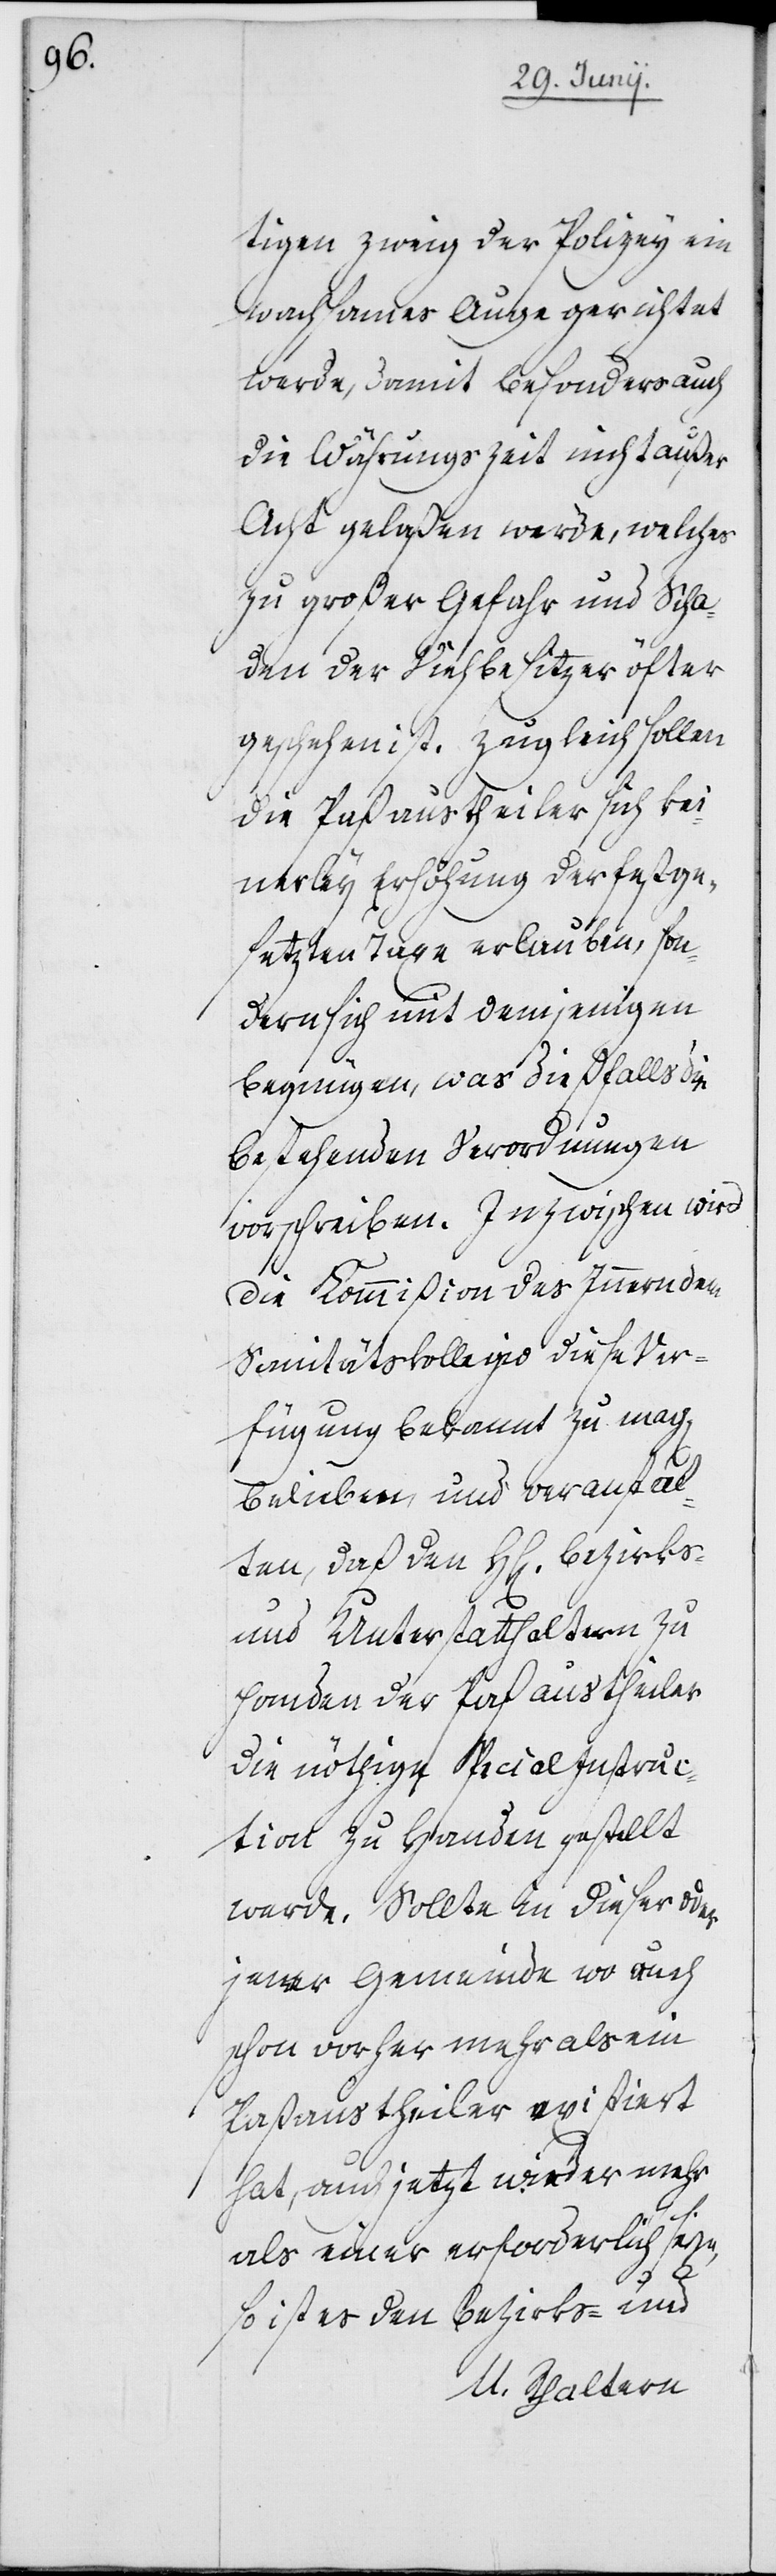
tigen Zweig der Polizey ein
wachsames Auge gerichtet
werde, damit besonders auch
die Währungszeit nicht außer
Acht gelaßen werde, welches
zu großer Gefahr und Scha¬
den der Viehbesizer öfter
geschehen ist. Zugleich sollen
die Paßaustheiler sich kei¬
nerley Erhöhung der festge¬
setzten Taxe erlauben, son¬
dern sich mit demjenigen
begnügen, was dießfalls die
bestehenden Verordnungen
vorschreiben. Inzwischen wird
die Kommißion des Innern dem
Sanitätskollegio diese Ver¬
fügung bekannt zu mach[en]
belieben, und veranstal¬
ten, daß den HH[erren] Bezirks-
und Unterstatthaltern zu
Handen der Paßaustheiler
die nöthige Specialinstruc¬
tion zu Handen gestellt
werde. Sollte in dieser oder
jener Gemeinde wo auch
schon vorher mehr als ein
Paßaustheiler existiert
hat, auch jetzt wieder mehr
als einer erforderlich seyn,
so ist es den Bezirks- und